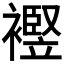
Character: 𧞀